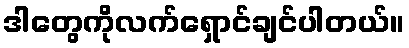
ဒါတွေကိုလက်ရှောင်ချင်ပါတယ်။